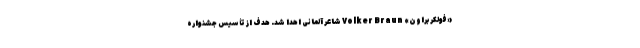
«فولکر براون» Volker Braun شاعر آلمانی اهدا شد. هدف از تأسیس جشنواره